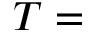
T =